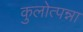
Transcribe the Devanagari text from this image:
कुलोत्पन्ना